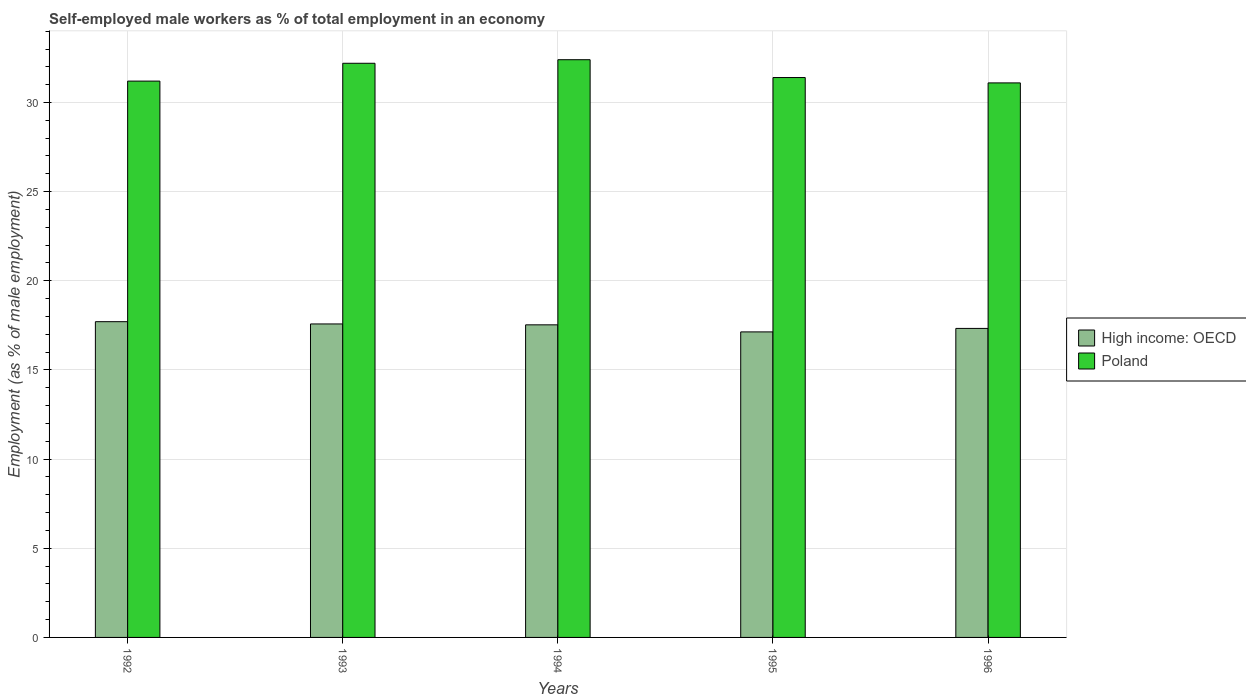
| Years | High income: OECD | Poland |
 | --- | --- | --- |
 | 1992 | 17.7 | 31.2 |
 | 1993 | 17.6 | 32.2 |
 | 1994 | 17.5 | 32.4 |
 | 1995 | 17.1 | 31.4 |
 | 1996 | 17.3 | 31.1 |